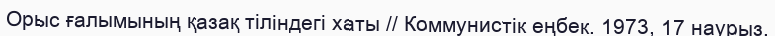
Орыс ғалымының қазақ тіліндегі хаты // Коммунистік еңбек. 1973, 17 наурыз.